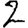
Digit: 2